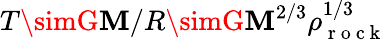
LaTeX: T\simG\mathbf{M}/R\simG\mathbf{M}^{2/3}\rho_{\mathrm{{~r~o~c~k~}}}^{1/3}